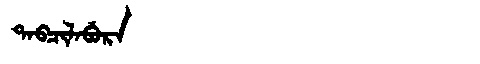
Manchu: ᡨᠠᠪᠴᡳᠯᠠᠪᡠᡵᠠ
Romanization: TABCILABURA